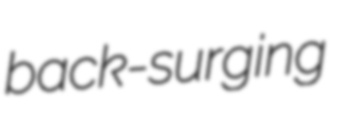
back-surging